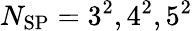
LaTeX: N_{\mathrm{SP}}=3^{2},4^{2},5^{2}